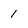
Character: 1